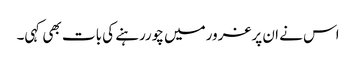
اس نے ان پرغرورمیں چوررہنے کی بات بھی کہی۔